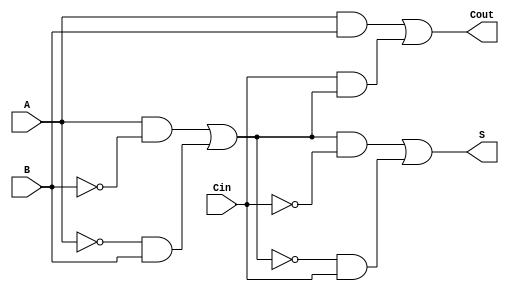
module TransmissionGateFullAdder (
    input wire A,      // First binary input
    input wire B,      // Second binary input
    input wire Cin,    // Carry-in input
    output wire S,     // Sum output
    output wire Cout   // Carry-out output
);

    // Intermediate signals
    wire A_and_B;           // A AND B
    wire A_xor_B;          // A XOR B
    wire A_xor_B_xor_Cin;  // (A XOR B) XOR Cin
    wire Cin_and_A_xor_B;  // Cin AND (A XOR B)

    // Transmission Gate for A XOR B
    assign A_xor_B = (A & ~B) | (~A & B); // A XOR B using basic logic

    // Transmission Gate for (A XOR B) XOR Cin
    assign A_xor_B_xor_Cin = (A_xor_B & ~Cin) | (~A_xor_B & Cin); // (A XOR B) XOR Cin

    // Carry-out calculation
    assign A_and_B = A & B; // A AND B
    assign Cin_and_A_xor_B = Cin & A_xor_B; // Cin AND (A XOR B)

    // Cout using OR logic
    assign Cout = A_and_B | Cin_and_A_xor_B; // Cout = (A AND B) OR (Cin AND (A XOR B))

    // Sum output
    assign S = A_xor_B_xor_Cin; // Final Sum output

endmodule